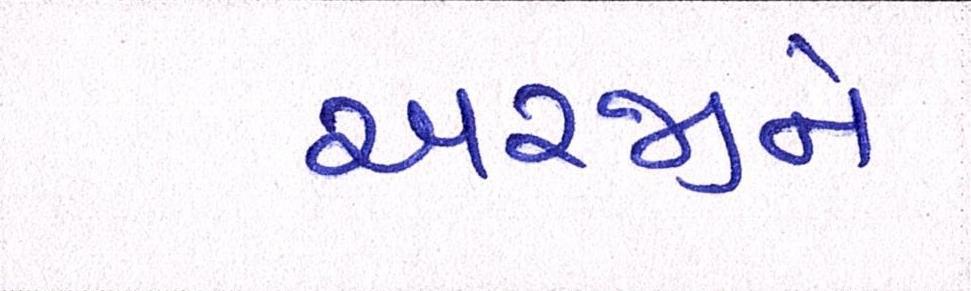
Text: અરજીને